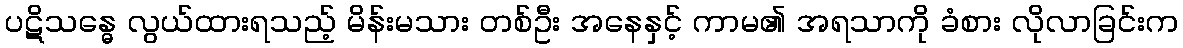
ပဋိသန္ဓေ လွယ်ထားရသည့် မိန်းမသား တစ်ဦး အနေနှင့် ကာမ၏ အရသာကို ခံစား လိုလာခြင်းက